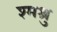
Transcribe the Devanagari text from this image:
श्मश्रु